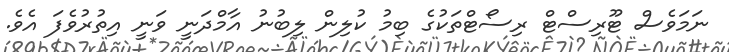
ނަމަވެސް ޓޫރިސްޓް ރިސޯޓްތަކުގެ ބިމު ކުލިން ލިބުނު އާމްދަނީ ވަނީ އިތުރުވެފަ އެވެ.